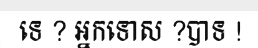
ទេ ? អ្នកទោស ?បាទ !